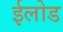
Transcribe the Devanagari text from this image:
ईलोड